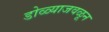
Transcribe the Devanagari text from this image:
डोळ्याजवळून